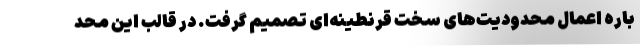
باره اعمال محدودیت‌های سخت قرنطینه‌ای تصمیم گرفت. در قالب این محد